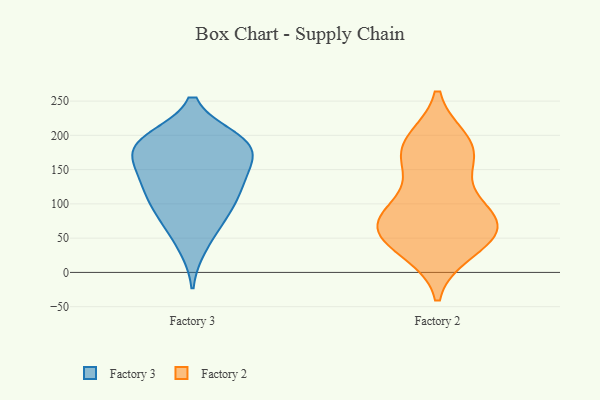
{"axis": {"x": "Latency (ms)", "y": "Value"}, "legend": ["Factory 2", "Factory 3"], "data": [{"x": "", "y": 152, "type": "Factory 3"}, {"x": "", "y": 184, "type": "Factory 3"}, {"x": "", "y": 175, "type": "Factory 3"}, {"x": "", "y": 86, "type": "Factory 3"}, {"x": "", "y": 71, "type": "Factory 3"}, {"x": "", "y": 149, "type": "Factory 3"}, {"x": "", "y": 190, "type": "Factory 3"}, {"x": "", "y": 188, "type": "Factory 3"}, {"x": "", "y": 127, "type": "Factory 3"}, {"x": "", "y": 194, "type": "Factory 3"}, {"x": "", "y": 115, "type": "Factory 3"}, {"x": "", "y": 38, "type": "Factory 3"}, {"x": "", "y": 129, "type": "Factory 3"}, {"x": "", "y": 189, "type": "Factory 3"}, {"x": "", "y": 96, "type": "Factory 3"}, {"x": "", "y": 58, "type": "Factory 2"}, {"x": "", "y": 61, "type": "Factory 2"}, {"x": "", "y": 63, "type": "Factory 2"}, {"x": "", "y": 36, "type": "Factory 2"}, {"x": "", "y": 191, "type": "Factory 2"}, {"x": "", "y": 175, "type": "Factory 2"}, {"x": "", "y": 174, "type": "Factory 2"}, {"x": "", "y": 92, "type": "Factory 2"}, {"x": "", "y": 148, "type": "Factory 2"}, {"x": "", "y": 91, "type": "Factory 2"}, {"x": "", "y": 189, "type": "Factory 2"}, {"x": "", "y": 32, "type": "Factory 2"}, {"x": "", "y": 76, "type": "Factory 2"}, {"x": "", "y": 73, "type": "Factory 2"}]}